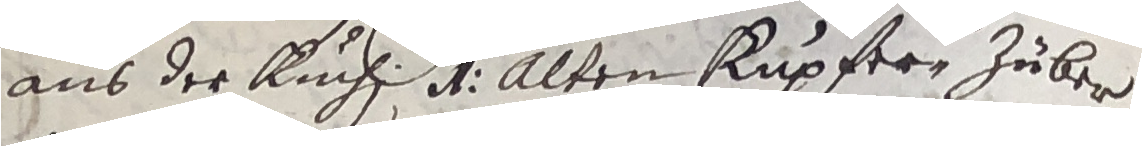
aus der Ruchi d alten kupfern zuber